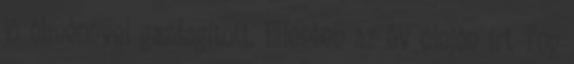
jó élménnyel gazdagított. Ellenben az év elején írt Top